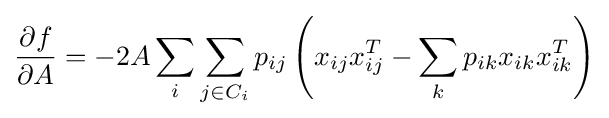
{\frac {\partial f}{\partial A}}=-2A\sum _{i}\sum _{j\in C_{i}}p_{ij}\left(x_{ij}x_{ij}^{T}-\sum _{k}p_{ik}x_{ik}x_{ik}^{T}\right)